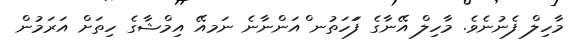
މާހިލް ފެނުނެވެ. މާހިލް އޭނާގެ ފަަހަތުނ ްއަންނާނެ ނަމއޭ އިމްޝާގެ ހިތަށް އަރަމުން